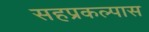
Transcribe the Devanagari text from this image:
सहप्रकल्पास